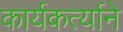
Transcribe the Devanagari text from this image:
कार्यकर्त्याने